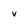
Character: V